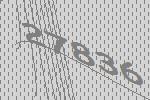
27836